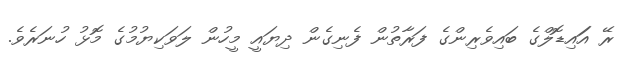
ރޭ އަައިޑޮލްގެ ބައިވެރިންގެ ފަރާތުން ފެނިގެން ދިޔައީ މީހުން ލަވަކިޔުމުގެ މޮޅު ހުނަރެވެ.